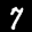
Label: 7